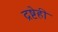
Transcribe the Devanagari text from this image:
द्रष्टेही